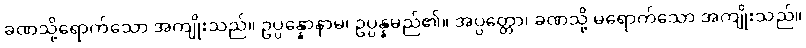
ခဏသို့ရောက်သော အကျိုးသည်။ ဥပ္ပန္နောနာမ၊ ဥပ္ပန္နမည်၏။ အပ္ပတ္တော၊ ခဏသို့ မရောက်သော အကျိုးသည်။